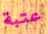
عتبة